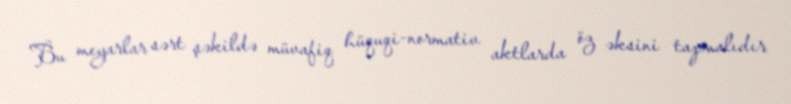
Bu meyarlar sərt şəkildə müvafiq hüquqi-normativ aktlarda öz əksini tapmalıdır